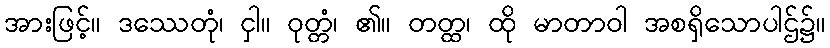
အားဖြင့်။ ဒဿေတုံ၊ ငှါ။ ဝုတ္တံ၊ ၏။ တတ္ထ၊ ထို မာတာဝါ အစရှိသောပါဌ်၌။